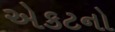
એકટનો